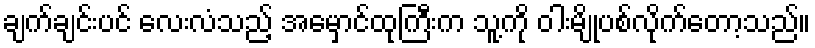
ချက်ချင်းပင် လေးလံသည့် အမှောင်ထုကြီးက သူ့ကို ဝါးမျိုပစ်လိုက်တော့သည်။